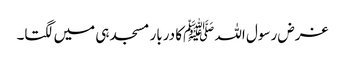
غرض رسول اللہ ﷺکا دربار مسجد ہی میں لگتا۔